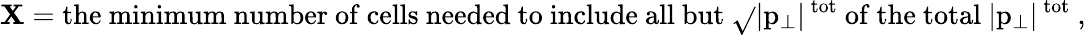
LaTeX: \mathbf{X}=\mathrm{{the~minimum~number~of~cells~needed~to~include~all~but~\sqrt{}{{|p_{\perp}|^{\mathrm{{~tot}}}}}~of~the~total~|p_{\perp}|^{\mathrm{{~tot}}}~}},